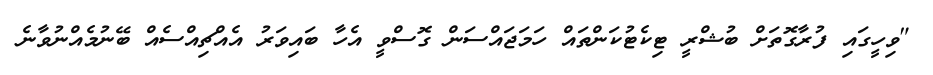
"ވިހީގައި ފުރާގޮތަށް ބުޝްރީ ޓިކެޓުކަންތައް ހަމަޖައްސަން ގޮސްވީ އެހާ ބައިވަރު އެއްޗިއްސެއް ބޭނުމެއްނުވާނެ